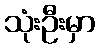
သုံးဦးမှာ